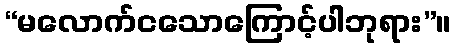
“မလောက်ငသောကြောင့်ပါဘုရား”။